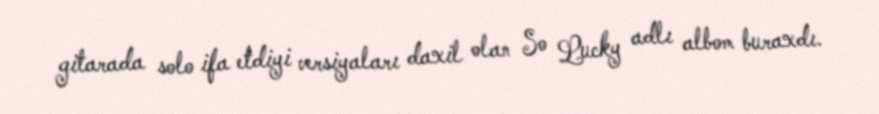
gitarada solo ifa etdiyi versiyaları daxil olan So Lucky adlı albom buraxdı.